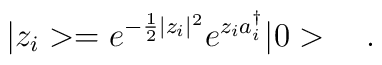
|z_i>=e^{-\frac{1}{2}|z_i|^2}e^{z_ia_i^\dagger}|0>\ \ \ .